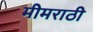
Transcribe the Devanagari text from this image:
मीमराठी